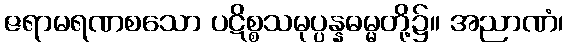
ဇရာမရဏစသော ပဋိစ္စသမုပ္ပန္နဓမ္မတို့၌။ အညာဏံ၊